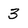
Character: 3